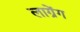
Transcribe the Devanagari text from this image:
लाग्रेंग